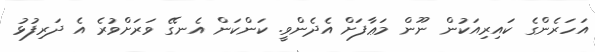
އަހަރެންގެ ކައިރިއަކުން ނޫން މަޢާފަށް އެދެންވީ. ކަންކަން އެނގޭ ވަރަށްވުރެ އެ ދަރިފުޅު